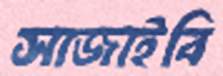
সাজাইবি